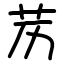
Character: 苈